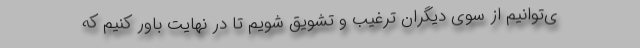
ی‌توانیم از سوی دیگران ترغیب و تشویق شویم تا در نهایت باور کنیم که